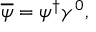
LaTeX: { \overline { { \psi } } } = \psi ^ { \dagger } \gamma ^ { 0 } ,